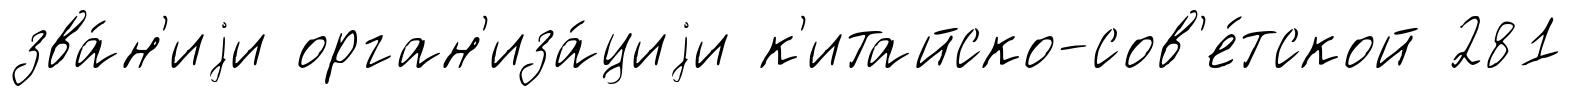
зва́н'иjи орган'иза́циjи к'итайско-сов'е́тской 281